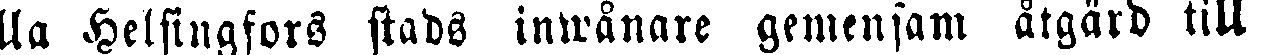
lla Helsingfors stads inwånare gemensam åtgärd till